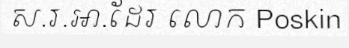
ស.រ.អា.ដែរ លោក Poskin